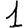
Digit: 1